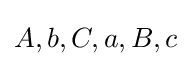
A,b,C,a,B,c